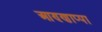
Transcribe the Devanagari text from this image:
आण्णाप्पा